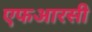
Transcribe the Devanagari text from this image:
एफआरसी